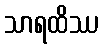
သာရထိဿ